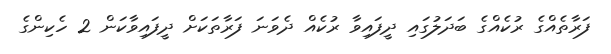
ފަރާތެއްގެ ރުކެއްގެ ބަދަލުގައި ދީފައިވާ ރުކެއް ދެވަނަ ފަރާތަކަށް ދީފައިވާކަން 2 ހެކިންގެ